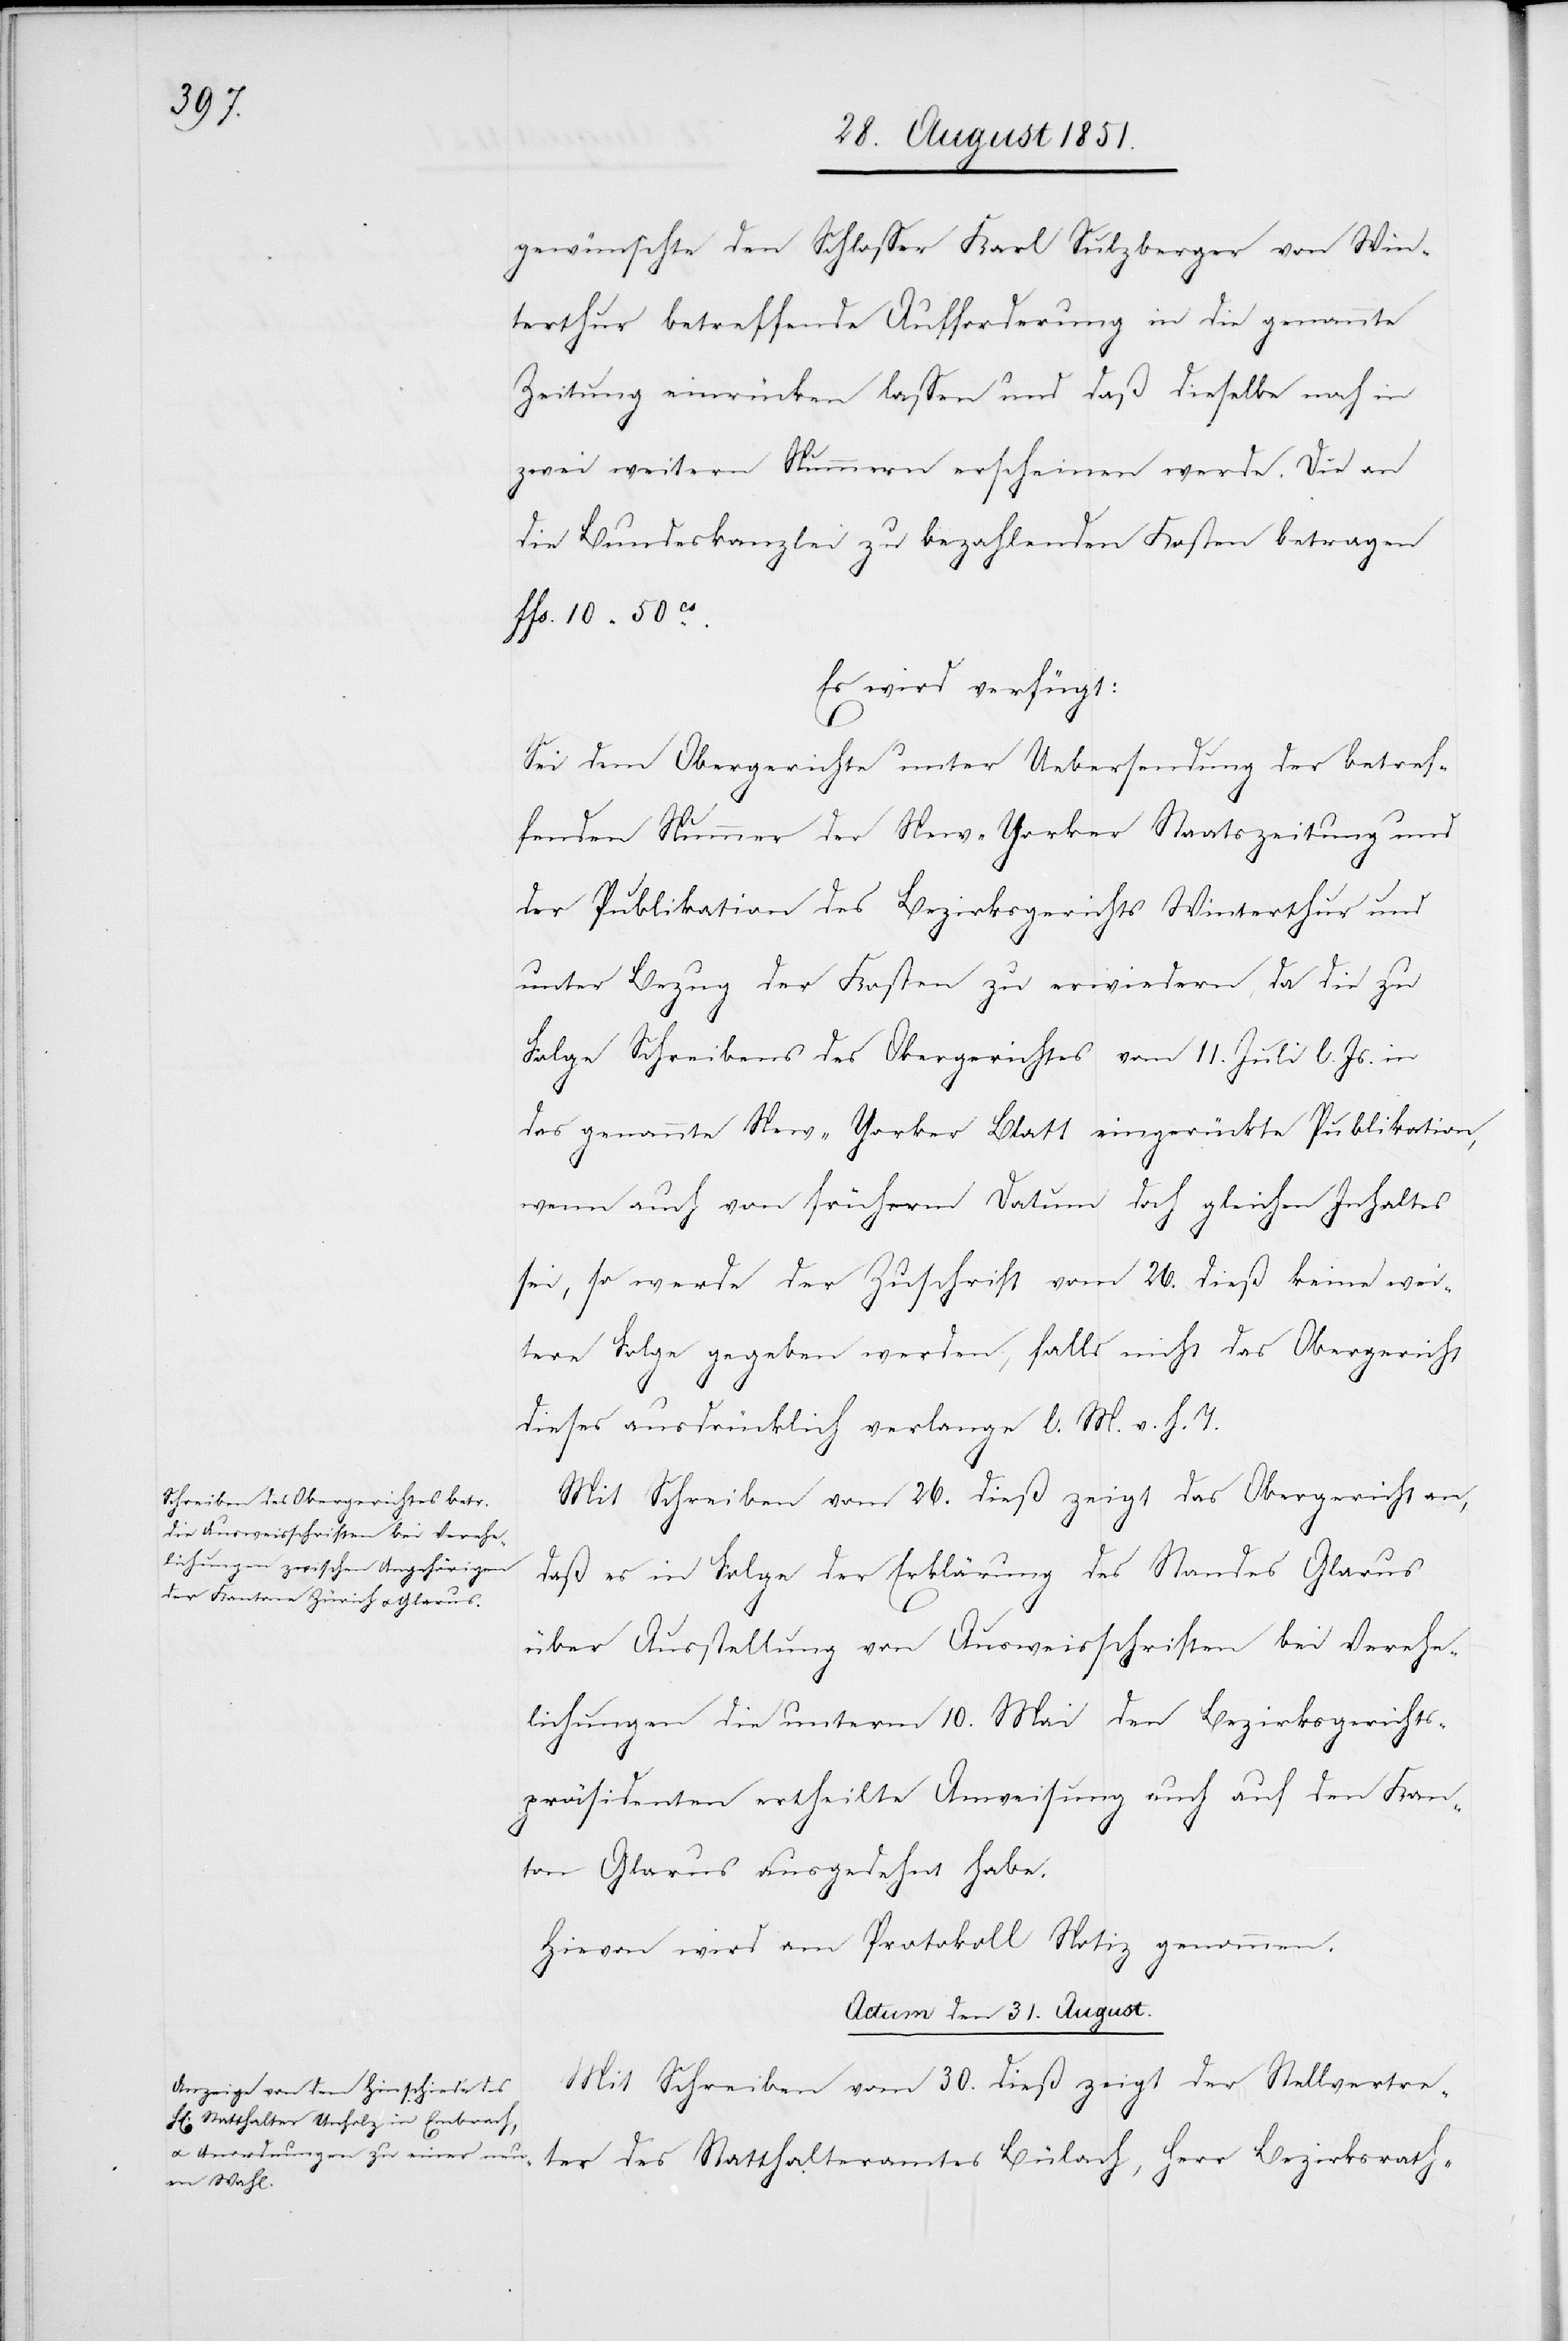
gewünschte den Schlosser Karl Sulzberger von Win¬
terthur betreffende Aufforderung in die genannte
Zeitung einrücken lassen und daß dieselbe noch in
zwei weitern Nummern erscheinen werde. Die an
die Bundeskanzlei zu bezahlenden Kosten betragen
ffs. 10 50cs.
Es wird verfügt:
Sei dem Obergerichte unter Uebersendung der betref¬
fenden Nummer der New-Yorker Staatszeitung und
der Publikation des Bezirksgerichts Winterthur und
unter Bezug der Kosten zu erwiedern, da die zu
Folge Schreibens des Obergerichtes vom 11. Juli l. Js. in
das genannte New-Yorker Blatt eingerückte Publikation,
wenn auch von früherm Datum doch gleichen Inhaltes
sei, so werde der Zuschrift vom 26. dieß keine wei¬
tere Folge gegeben werden, falls nicht das Obergericht
dieses ausdrücklich verlange l. M. v. h. T.
Mit Schreiben vom 26. dieß zeigt das Obergericht an,
daß es in Folge der Erklärung des Standes Glarus
ter des Statthalteramtes
über Ausstellung von Ausweisschriften bei Verehe¬
lichungen die unterm 10. Mai den Bezirksgerichts¬
präsidenten ertheilte Anweisung auch auf den Kan¬
ton Glarus ausgedehnt habe.
Hievon wird am Protokoll Notiz genommen.
Actum den 31. August.
Mit Schreiben vom 30. dieß zeigt der Stellvertre¬